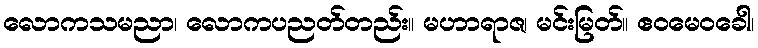
လောကသမညာ၊ လောကပညတ်တည်း။ မဟာရာဇ၊ မင်းမြတ်။ ဧဝမေဝခေါ၊